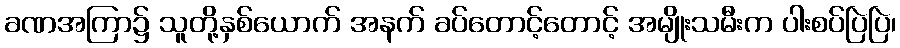
ခဏအကြာ၌ သူတို့နှစ်ယောက် အနက် ခပ်တောင့်တောင့် အမျိုးသမီးက ပါးစပ်ပြဲပြဲ၊